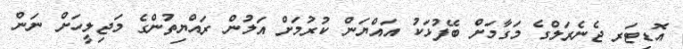
އޮޑިޓަރ ޖެނެރަލްގެ މަގާމަށް ބޭފުޅަކު އައްޔަން ކުރުމަށް އަލުން ރައްޔިތުންގެ މަޖިލީހަށް ނަން